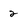
Character: 2